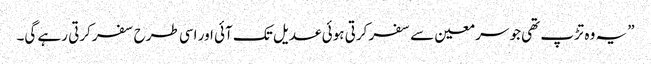
” یہ وہ تڑپ تھی جو سر معین سے سفر کرتی ہوئی عدیل تک آئی اور اسی طرح سفر کرتی رہے گی۔